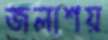
জলাশয়